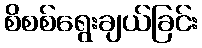
စိစစ်ရွေးချယ်ခြင်း